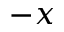
- x